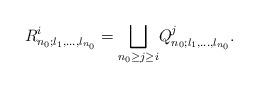
LaTeX: \begin{align*} R^i_{n_0;l_1,\ldots,l_{n_0}}=\underset{n_0\geq j\geq i} {\bigsqcup} Q^j_{n_0;l_1,\ldots,l_{n_0}}. \end{align*}